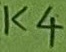
Text: K4